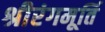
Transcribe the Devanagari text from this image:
श्रीरंगमूर्ति